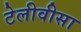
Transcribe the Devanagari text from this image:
टेलीवीसा